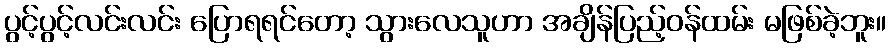
ပွင့်ပွင့်လင်းလင်း ပြောရရင်တော့ သွားလေသူဟာ အချိန်ပြည့်ဝန်ထမ်း မဖြစ်ခဲ့ဘူး။